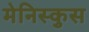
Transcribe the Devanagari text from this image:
मेनिस्कुस